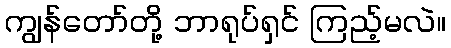
ကျွန်တော်တို့ ဘာရုပ်ရှင် ကြည့်မလဲ။